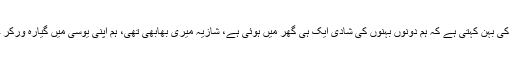
شہیدہ تنزیلہ کی بہن کہتی ہے کہ ہم دونوں بہنوں کی شادی ایک ہی گھر میں ہوئی ہے، شازیہ میری بھابھی تھی، ہم اپنی یوسی میں گیارہ ورکر خواتین تھیں۔